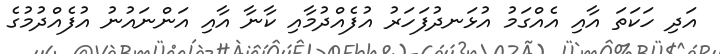
އަދި ހަކަތަ އާއި އެއްގަމު އުޅަނދުފަހަރު އުފެއްދުމާއި ކާނާ އާއި އަންނައުނު އުފެއްދުމުގެ